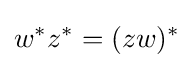
w^{*}z^{*}=(zw)^{*}